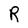
Character: R